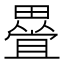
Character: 𭻰